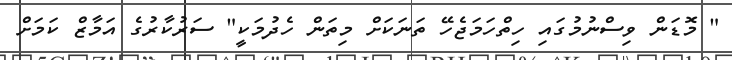
" މޮޑަން ވިސްނުމުގައި ހިތްްހަމަޖެހޭ ތަނަކަށް މިތަން ހެދުމަކީ" ސަަރުކާރުގެ އަމާޒް ކަމަށް